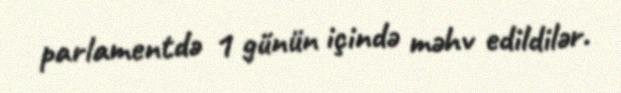
parlamentdə 1 günün içində məhv edildilər.